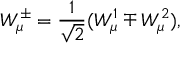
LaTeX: W _ { \mu } ^ { \pm } = \frac { 1 } { \sqrt { 2 } } ( W _ { \mu } ^ { 1 } \mp W _ { \mu } ^ { 2 } ) ,